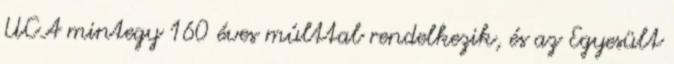
UCA mintegy 160 éves múlttal rendelkezik, és az Egyesült